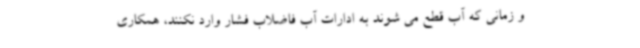
و زمانی که آب قطع می شوند به ادارات آب فاضلاب فشار وارد نکنند، همکاری